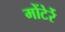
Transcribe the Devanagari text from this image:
मोंटेर्रे